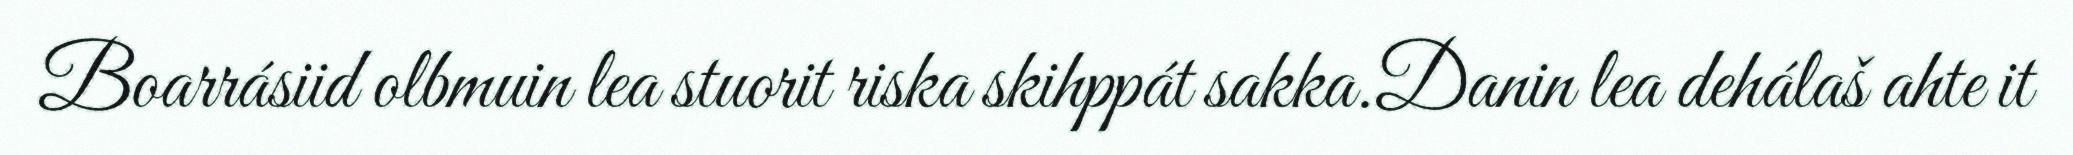
Boarrásiid olbmuin lea stuorit riska skihppát sakka.Danin lea dehálaš ahte it